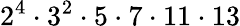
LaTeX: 2^{4}\cdot 3^{2}\cdot 5\cdot 7\cdot 11\cdot 13